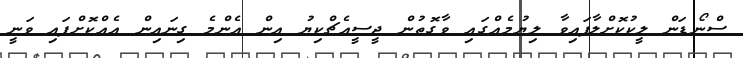
ސްނޯޑަން ލީކުކޮށްލާފައިވާ ލިޔުމެއްގައި ވާގޮތުން ޖީސީއެޗްކިޔު އިން އެންމެ ގިނައިން އެއްކޮށްފައި ވަނީ